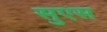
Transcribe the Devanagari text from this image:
सुएस